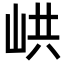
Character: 𡶵